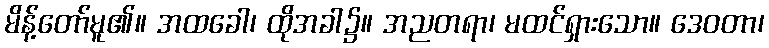
မိန့်တော်မူ၏။ အထခေါ၊ ထိုအခါ၌။ အညတရာ၊ မထင်ရှားသော။ ဒေဝတာ၊